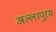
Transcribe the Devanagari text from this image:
अल्लापुरम